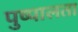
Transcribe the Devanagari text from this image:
पुष्पालता